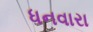
ધનવારા